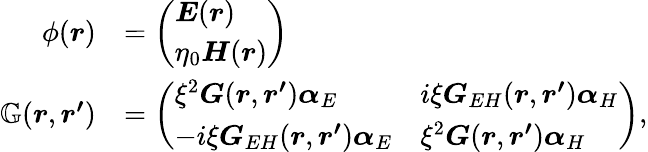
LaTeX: \begin{array}{rl}{\phi(\boldsymbol{r})}&{=\left(\begin{array}{l}{\boldsymbol{E}(\boldsymbol{r})}\\ {\eta_{0}\boldsymbol{H}(\boldsymbol{r})}\end{array}\right)}\\ {\mathbb{G}(\boldsymbol{r},\boldsymbol{r^{\prime}})}&{=\left(\begin{array}{ll}{\xi^{2}\boldsymbol{G}(\boldsymbol{r},\boldsymbol{r^{\prime}})\boldsymbol{\alpha}_{E}}&{i\xi\boldsymbol{G}_{EH}(\boldsymbol{r},\boldsymbol{r^{\prime}})\boldsymbol{\alpha}_{H}}\\ {-i\xi\boldsymbol{G}_{EH}(\boldsymbol{r},\boldsymbol{r^{\prime}})\boldsymbol{\alpha}_{E}}&{\xi^{2}\boldsymbol{G}(\boldsymbol{r},\boldsymbol{r^{\prime}})\boldsymbol{\alpha}_{H}}\end{array}\right),}\end{array}